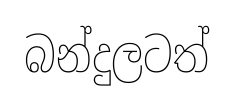
බන්දුලටත්